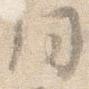
同